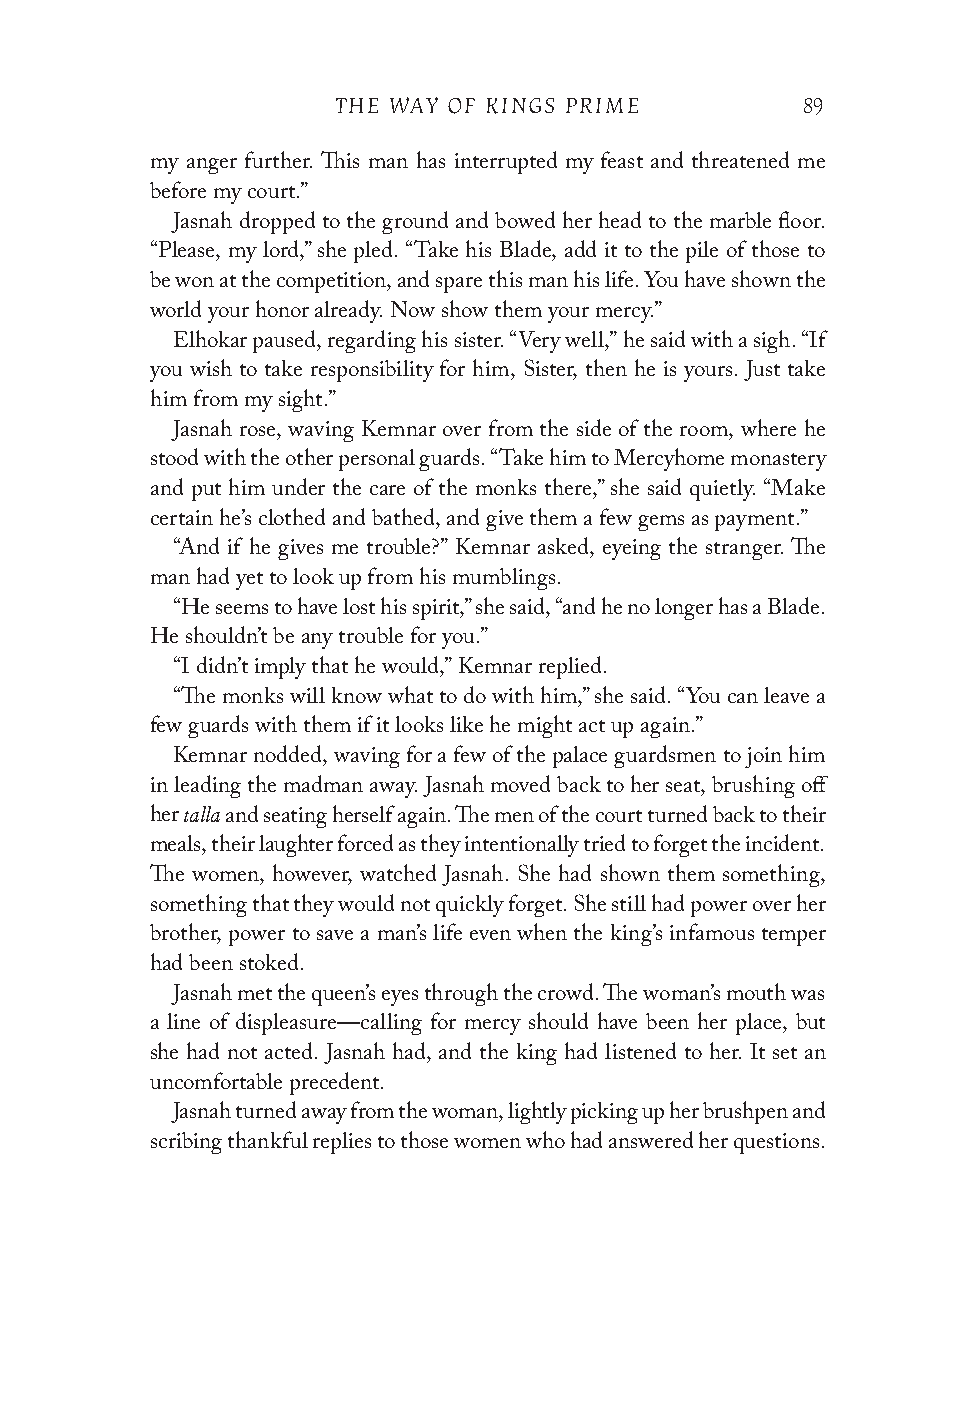
THE WAY OF KINGS PRIME         89
 my anger further. This man has interrupted my feast and threatened me
 before my court.”
 Jasnah dropped to the ground and bowed her head to the marble floor.
 “Please, my lord,” she pled. “Take his Blade, add it to the pile of those to
 be won at the competition, and spare this man his life. You have shown the
 world your honor already. Now show them your mercy.”
 Elhokar paused, regarding his sister. “Very well,” he said with a sigh. “If
 you wish to take responsibility for him, Sister, then he is yours. Just take
 him from my sight.”
 Jasnah rose, waving Kemnar over from the side of the room, where he
 stood with the other personal guards. “Take him to Mercyhome monastery
 and put him under the care of the monks there,” she said quietly. “Make
 certain he’s clothed and bathed, and give them a few gems as payment.”
 “And if he gives me trouble?” Kemnar asked, eyeing the stranger. The
 man had yet to look up from his mumblings.
 “He seems to have lost his spirit,” she said, “and he no longer has a Blade.
 He shouldn’t be any trouble for you.”
 “I didn’t imply that he would,” Kemnar replied.
 “The monks will know what to do with him,” she said. “You can leave a
 few guards with them if it looks like he might act up again.”
 Kemnar nodded, waving for a few of the palace guardsmen to join him
 in leading the madman away. Jasnah moved back to her seat, brushing off
 talla
 her  and seating herself again. The men of the court turned back to their
 meals, their laughter forced as they intentionally tried to forget the incident.
 The women, however, watched Jasnah. She had shown them something,
 something that they would not quickly forget. She still had power over her
 brother, power to save a man’s life even when the king’s infamous temper
 had been stoked.
 Jasnah met the queen’s eyes through the crowd. The woman’s mouth was
 a line of displeasure—calling for mercy should have been her place, but
 she had not acted. Jasnah had, and the king had listened to her. It set an
 uncomfortable precedent.
 Jasnah turned away from the woman, lightly picking up her brushpen and
 scribing thankful replies to those women who had answered her questions.